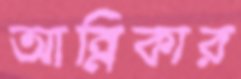
আন্নিকার